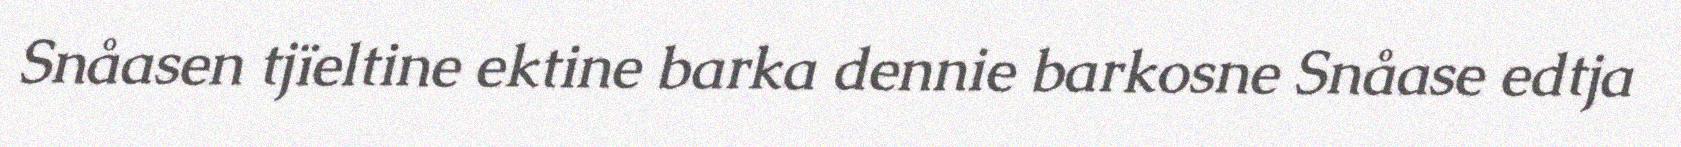
Snåasen tjïeltine ektine barka dennie barkosne Snåase edtja